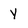
Character: Y